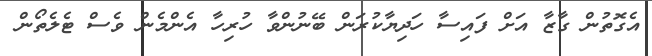
އެގޮތުން ގާޒާ އަށް ފައިސާ ހަދިޔާކުރަން ބޭނުންވާ ހުރިހާ އެންމެން ވެސް ޓެލެތޯން